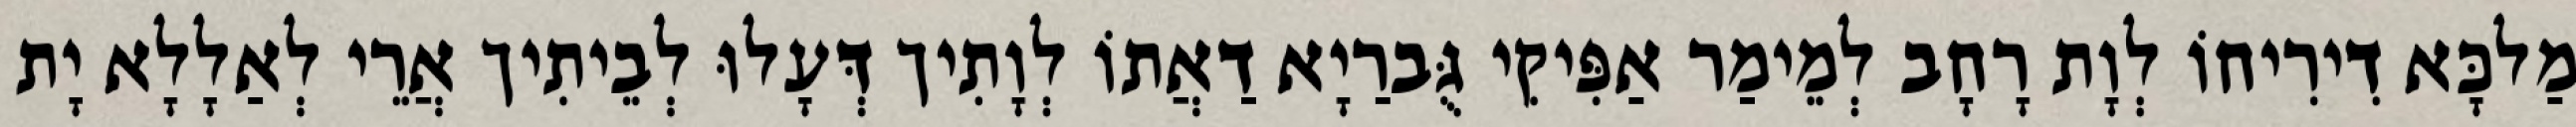
מַלכָּא דִירִיחוֹ לְוָת רָחָב לְמֵימַר אַפִּיקִי גֻּברַיָא דַאֲתוֹ לְוָתִיך דְּעָלוּ לְבֵיתִיך אֲרֵי לְאַלָלָא יָת